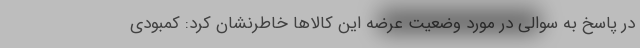
در پاسخ به سوالی در مورد وضعیت عرضه این کالاها خاطرنشان کرد: کمبودی